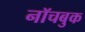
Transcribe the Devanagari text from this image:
नॉचबुक